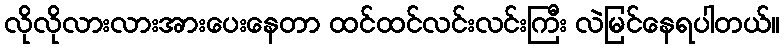
လိုလိုလားလားအားပေးနေတာ ထင်ထင်လင်းလင်းကြီး လဲမြင်နေရပါတယ်။